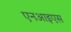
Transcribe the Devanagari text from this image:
एनआइएस